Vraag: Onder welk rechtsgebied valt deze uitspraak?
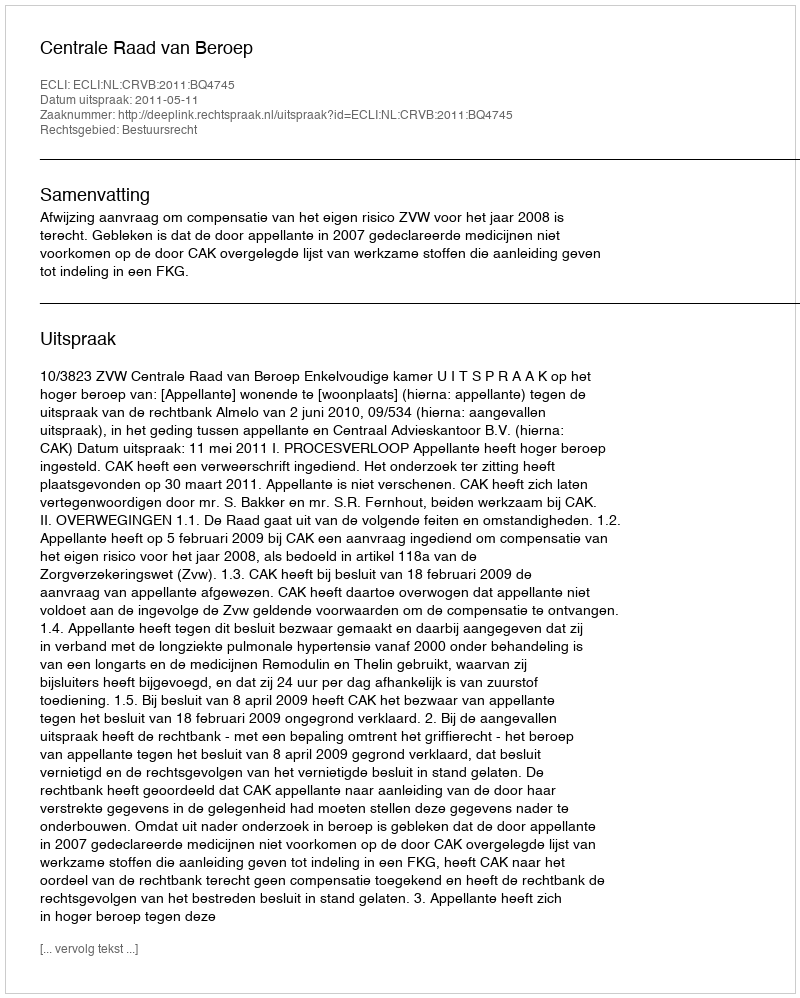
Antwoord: Bestuursrecht